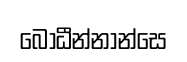
බෝධීන්නාන්සෙ